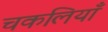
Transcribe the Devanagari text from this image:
चकलियाँ